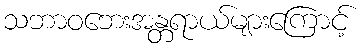
သဘာဝဘေးအန္တရာယ်များကြောင့်